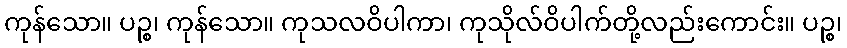
ကုန်သော။ ပဉ္စ၊ ကုန်သော။ ကုသလဝိပါကာ၊ ကုသိုလ်ဝိပါက်တို့လည်းကောင်း။ ပဉ္စ၊